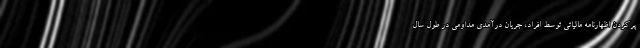
پرکردن اظهارنامه مالیاتی توسط افراد، جریان درآمدی مداومی در طول سال